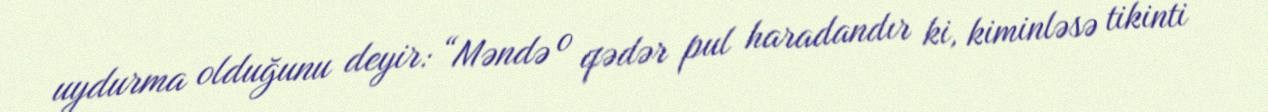
uydurma olduğunu deyir: “Məndə o qədər pul haradandır ki, kiminləsə tikinti